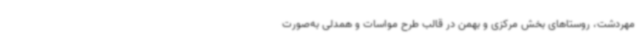
مهردشت، روستاهای بخش مرکزی و بهمن در قالب طرح مواسات و همدلی به‌صورت